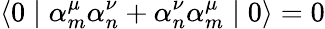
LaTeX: \langle 0\mid{\alpha}_{m}^{\mu}{\alpha}_{n}^{\nu}+{\alpha}_{n}^{\nu}{\alpha}_{m}^{\mu}\mid 0\rangle=0